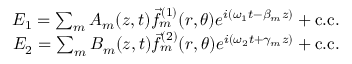
\begin{array} { r } { E _ { 1 } = \sum _ { m } A _ { m } ( z , t ) \vec { f } _ { m } ^ { ( 1 ) } ( r , \theta ) e ^ { i ( \omega _ { 1 } t - \beta _ { m } z ) } + \mathrm { c . c . } } \\ { E _ { 2 } = \sum _ { m } B _ { m } ( z , t ) \vec { f } _ { m } ^ { ( 2 ) } ( r , \theta ) e ^ { i ( \omega _ { 2 } t + \gamma _ { m } z ) } + \mathrm { c . c . } } \end{array}